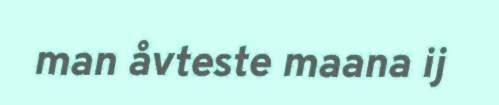
man åvteste maana ij